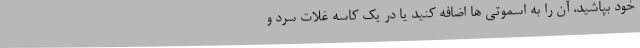
خود بپاشید، آن را به اسموتی ها اضافه کنید یا در یک کاسه غلات سرد و